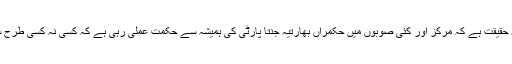
یہ دیوانگی تو ایک بہت ہی تکلیف دہ واقعہ سے پیدا ہو رہی ہے یا کی جا رہی ہے مگر یہ حقیقت ہے کہ مرکز اور کئی صوبوں میں حکمراں بھارتیہ جنتا پارٹی کی ہمیشہ سے حکمت عملی رہی ہے کہ کسی نہ کسی طرح سے جنون بنا رہے اور لوگ الگ الگ وجہوں سے اس کی گرفت میں آکر سڑکوں پر آئیں۔